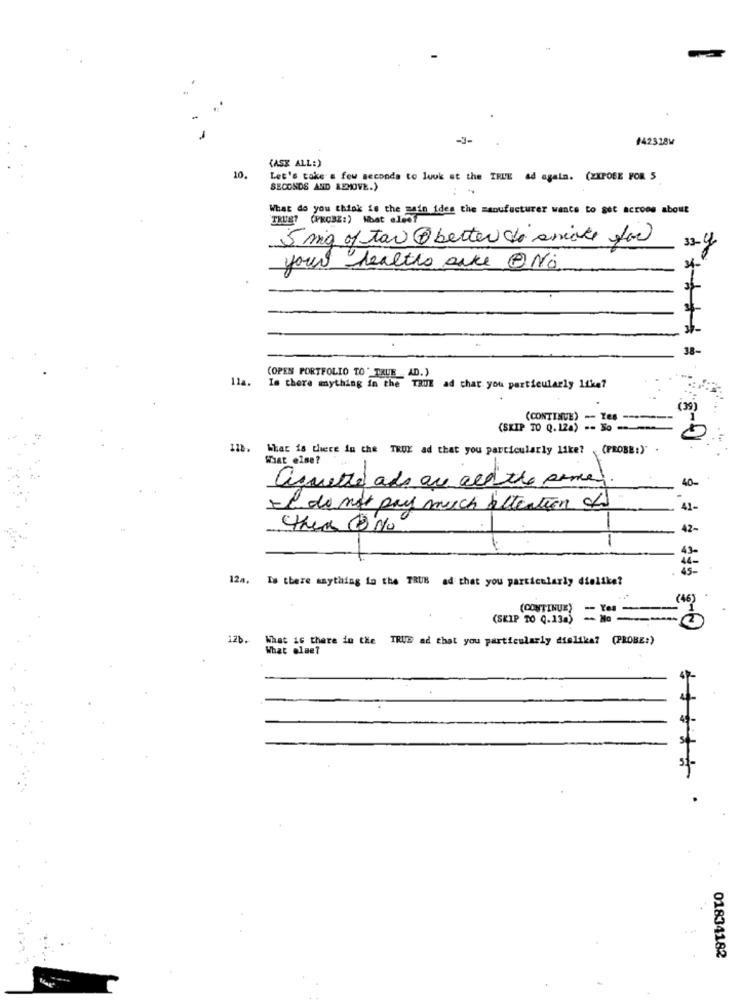
142318W
(ASE ALL:)
10.
Let's take a few seconds to luuk at the TRUE ad again. (EXPOSE FOR 5
SECONDS AND REMOVE.)
What do you think is the main idea the manufacturer wants to get across about
TRUST (PROBZ:) Mat alsof
5 mg of tax @ better to aniate for
your healths arke @No.
38-
(OPEN PORTFOLIO TO " TRUE _ AD.)
Ila. Is there anything in the TRUE ad that you particularly like?
(CONTINUE) -- Ye -----
(SKIP TO Q.12a) -- So -----
118. What is there in the TRUE ad that you particularly like? . (PROBE:)" .
What else?
40-
I don't pay much attention std
12a. Is there anything in the TRUB ad that you particularly dielike?
(46)
(CONTINUE)
- Yes
(SKIP TO Q.13a)
- Ha --
What is there in the TRUE ad that you particularly dislike? (PROBE:)
What else?
01834182